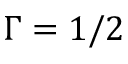
\Gamma = 1 / 2